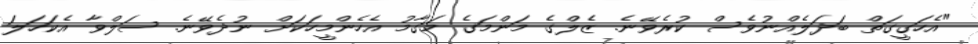
"އެހަގީގަތް ބަދަލެއްނުވެސް ކުރެވޭނެ. ޒެލްގެ މަންމަގެ މަގާމު އެހެންމީހަކަށް ނުދެވޭނެ. ސަލްވާ އެކަހަލަ